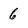
Character: 6